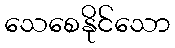
သေစေနိုင်သော